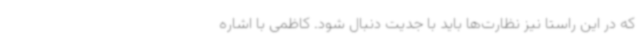
که در این راستا نیز نظارت‌ها باید با جدیت دنبال شود. کاظمی با اشاره